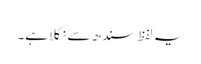
یہ لفظ سندھ سے نکلا ہے۔